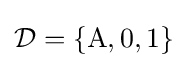
{\mathcal {D}}=\lbrace {\text{A}},0,1\rbrace